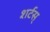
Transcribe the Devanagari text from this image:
शर्टस्